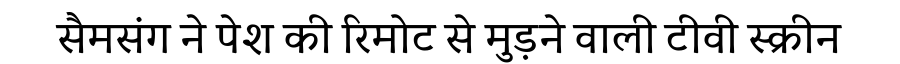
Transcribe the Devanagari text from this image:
सैमसंग ने पेश की रिमोट से मुड़ने वाली टीवी स्क्रीन